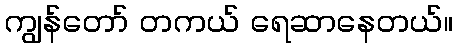
ကျွန်တော် တကယ် ရေဆာနေတယ်။